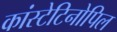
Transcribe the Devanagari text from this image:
कांस्टेटिनोपिल